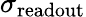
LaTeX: \sigma_{\mathrm{readout}}